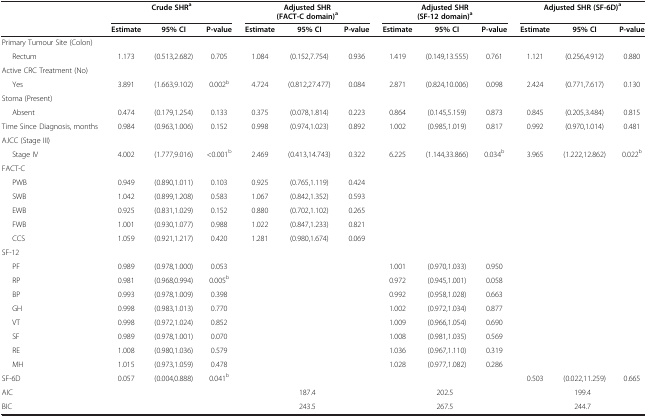
<table><thead><tr><td><b> </b></td><td colspan="3"><b>Crude SHR<sup>a</sup></b></td><td colspan="3"><b>Adjusted SHR (FACT-C domain)<sup>a</sup></b></td><td colspan="3"><b>Adjusted SHR (SF-12 domain)<sup>a</sup></b></td><td colspan="3"><b>Adjusted SHR (SF-6D)<sup>a</sup></b></td></tr><tr><td><b> </b></td><td><b>Estimate</b></td><td><b>95% CI</b></td><td><b>P-value</b></td><td><b>Estimate</b></td><td><b>95% CI</b></td><td><b>P-value</b></td><td><b>Estimate</b></td><td><b>95% CI</b></td><td><b>P-value</b></td><td><b>Estimate</b></td><td><b>95% CI</b></td><td><b>P-value</b></td></tr></thead><tbody><tr><td>Primary Tumour Site (Colon)</td><td> </td><td> </td><td> </td><td> </td><td> </td><td> </td><td> </td><td> </td><td> </td><td> </td><td> </td><td> </td></tr><tr><td>Rectum</td><td>1.173</td><td>(0.513,2.682)</td><td>0.705</td><td>1.084</td><td>(0.152,7.754)</td><td>0.936</td><td>1.419</td><td>(0.149,13.555)</td><td>0.761</td><td>1.121</td><td>(0.256,4.912)</td><td>0.880</td></tr><tr><td>Active CRC Treatment (No)</td><td> </td><td> </td><td> </td><td> </td><td> </td><td> </td><td> </td><td> </td><td> </td><td> </td><td> </td><td> </td></tr><tr><td>Yes</td><td>3.891</td><td>(1.663,9.102)</td><td>0.002<sup>b</sup></td><td>4.724</td><td>(0.812,27.477)</td><td>0.084</td><td>2.871</td><td>(0.824,10.006)</td><td>0.098</td><td>2.424</td><td>(0.771,7.617)</td><td>0.130</td></tr><tr><td>Stoma (Present)</td><td> </td><td> </td><td> </td><td> </td><td> </td><td> </td><td> </td><td> </td><td> </td><td> </td><td> </td><td> </td></tr><tr><td>Absent</td><td>0.474</td><td>(0.179,1.254)</td><td>0.133</td><td>0.375</td><td>(0.078,1.814)</td><td>0.223</td><td>0.864</td><td>(0.145,5.159)</td><td>0.873</td><td>0.845</td><td>(0.205,3.484)</td><td>0.815</td></tr><tr><td>Time Since Diagnosis, months</td><td>0.984</td><td>(0.963,1.006)</td><td>0.152</td><td>0.998</td><td>(0.974,1.023)</td><td>0.892</td><td>1.002</td><td>(0.985,1.019)</td><td>0.817</td><td>0.992</td><td>(0.970,1.014)</td><td>0.481</td></tr><tr><td>AJCC (Stage III)</td><td> </td><td> </td><td> </td><td> </td><td> </td><td> </td><td> </td><td> </td><td> </td><td> </td><td> </td><td> </td></tr><tr><td>Stage IV</td><td>4.002</td><td>(1.777,9.016)</td><td>&lt;0.001<sup>b</sup></td><td>2.469</td><td>(0.413,14.743)</td><td>0.322</td><td>6.225</td><td>(1.144,33.866)</td><td>0.034<sup>b</sup></td><td>3.965</td><td>(1.222,12.862)</td><td>0.022<sup>b</sup></td></tr><tr><td>FACT-C</td><td> </td><td> </td><td> </td><td> </td><td> </td><td> </td><td> </td><td> </td><td> </td><td> </td><td> </td><td> </td></tr><tr><td>PWB</td><td>0.949</td><td>(0.890,1.011)</td><td>0.103</td><td>0.925</td><td>(0.765,1.119)</td><td>0.424</td><td> </td><td> </td><td> </td><td> </td><td> </td><td> </td></tr><tr><td>SWB</td><td>1.042</td><td>(0.899,1.208)</td><td>0.583</td><td>1.067</td><td>(0.842,1.352)</td><td>0.593</td><td> </td><td> </td><td> </td><td> </td><td> </td><td> </td></tr><tr><td>EWB</td><td>0.925</td><td>(0.831,1.029)</td><td>0.152</td><td>0.880</td><td>(0.702,1.102)</td><td>0.265</td><td> </td><td> </td><td> </td><td> </td><td> </td><td> </td></tr><tr><td>FWB</td><td>1.001</td><td>(0.930,1.077)</td><td>0.988</td><td>1.022</td><td>(0.847,1.233)</td><td>0.821</td><td> </td><td> </td><td> </td><td> </td><td> </td><td> </td></tr><tr><td>CCS</td><td>1.059</td><td>(0.921,1.217)</td><td>0.420</td><td>1.281</td><td>(0.980,1.674)</td><td>0.069</td><td> </td><td> </td><td> </td><td> </td><td> </td><td> </td></tr><tr><td>SF-12</td><td> </td><td> </td><td> </td><td> </td><td> </td><td> </td><td> </td><td> </td><td> </td><td> </td><td> </td><td> </td></tr><tr><td>PF</td><td>0.989</td><td>(0.978,1.000)</td><td>0.053</td><td> </td><td> </td><td> </td><td>1.001</td><td>(0.970,1.033)</td><td>0.950</td><td> </td><td> </td><td> </td></tr><tr><td>RP</td><td>0.981</td><td>(0.968,0.994)</td><td>0.005<sup>b</sup></td><td> </td><td> </td><td> </td><td>0.972</td><td>(0.945,1.001)</td><td>0.058</td><td> </td><td> </td><td> </td></tr><tr><td>BP</td><td>0.993</td><td>(0.978,1.009)</td><td>0.398</td><td> </td><td> </td><td> </td><td>0.992</td><td>(0.958,1.028)</td><td>0.663</td><td> </td><td> </td><td> </td></tr><tr><td>GH</td><td>0.998</td><td>(0.983,1.013)</td><td>0.770</td><td> </td><td> </td><td> </td><td>1.002</td><td>(0.972,1.034)</td><td>0.877</td><td> </td><td> </td><td> </td></tr><tr><td>VT</td><td>0.998</td><td>(0.972,1.024)</td><td>0.852</td><td> </td><td> </td><td> </td><td>1.009</td><td>(0.966,1.054)</td><td>0.690</td><td> </td><td> </td><td> </td></tr><tr><td>SF</td><td>0.989</td><td>(0.978,1.001)</td><td>0.070</td><td> </td><td> </td><td> </td><td>1.008</td><td>(0.981,1.035)</td><td>0.569</td><td> </td><td> </td><td> </td></tr><tr><td>RE</td><td>1.008</td><td>(0.980,1.036)</td><td>0.579</td><td> </td><td> </td><td> </td><td>1.036</td><td>(0.967,1.110)</td><td>0.319</td><td> </td><td> </td><td> </td></tr><tr><td>MH</td><td>1.015</td><td>(0.973,1.059)</td><td>0.478</td><td> </td><td> </td><td> </td><td>1.028</td><td>(0.977,1.082)</td><td>0.286</td><td> </td><td> </td><td> </td></tr><tr><td>SF-6D</td><td>0.057</td><td>(0.004,0.888)</td><td>0.041<sup>b</sup></td><td> </td><td> </td><td> </td><td> </td><td> </td><td> </td><td>0.503</td><td>(0.022,11.259)</td><td>0.665</td></tr><tr><td>AIC</td><td> </td><td> </td><td> </td><td colspan="3">187.4</td><td colspan="3">202.5</td><td colspan="3">199.4</td></tr><tr><td>BIC</td><td> </td><td> </td><td> </td><td colspan="3">243.5</td><td colspan="3">267.5</td><td colspan="3">244.7</td></tr></tbody></table>